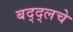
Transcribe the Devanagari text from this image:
बद्द्लचे